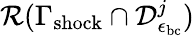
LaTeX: \mathcal{R}(\Gamma_{\mathrm{shock}}\cap\mathcal{D}_{\epsilon_{\mathrm{bc}}}^{j})